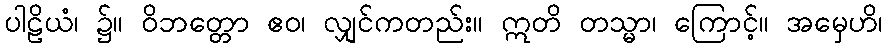
ပါဠိယံ၊ ၌။ ဝိဘတ္တော ဧဝ၊ လျှင်ကတည်း။ ဣတိ တသ္မာ၊ ကြောင့်။ အမှေဟိ၊